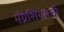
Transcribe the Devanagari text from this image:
मॅग्नेशियमची